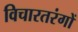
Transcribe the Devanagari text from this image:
विचारतरंगों